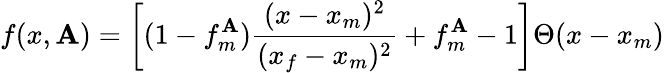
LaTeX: f(x,\mathbf{A})=\biggl[(1-f_{m}^{\mathbf{A}})\frac{{(x-x_{m})^{2}}}{{(x_{f}-x_{m})^{2}}}+f_{m}^{\mathbf{A}}-1\biggr]\Theta(x-x_{m})\,